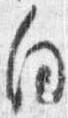
向